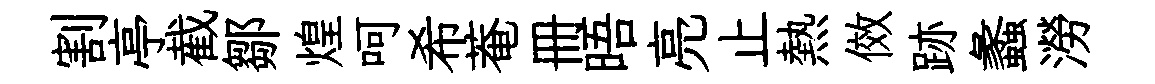
割亭截鄒煌呵希菴册晤亮止熱傚跡蠡澇